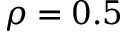
\rho = 0 . 5